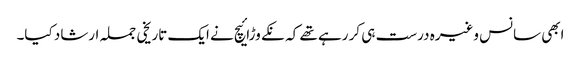
ابھی سانس وغیرہ درست ہی کر رہے تھے کہ نکے وڑائیچ نے ایک تاریخی جملہ ارشاد کیا۔